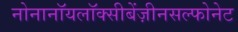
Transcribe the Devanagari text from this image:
नोनानॉयलॉक्सीबेंज़ीनसल्फोनेट